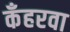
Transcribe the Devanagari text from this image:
कँहरवा